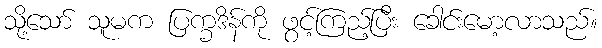
သို့သော် သူမက ပြက္ခဒိန်ကို ဖွင့်ကြည့်ပြီး ခေါင်းမော့လာသည်။